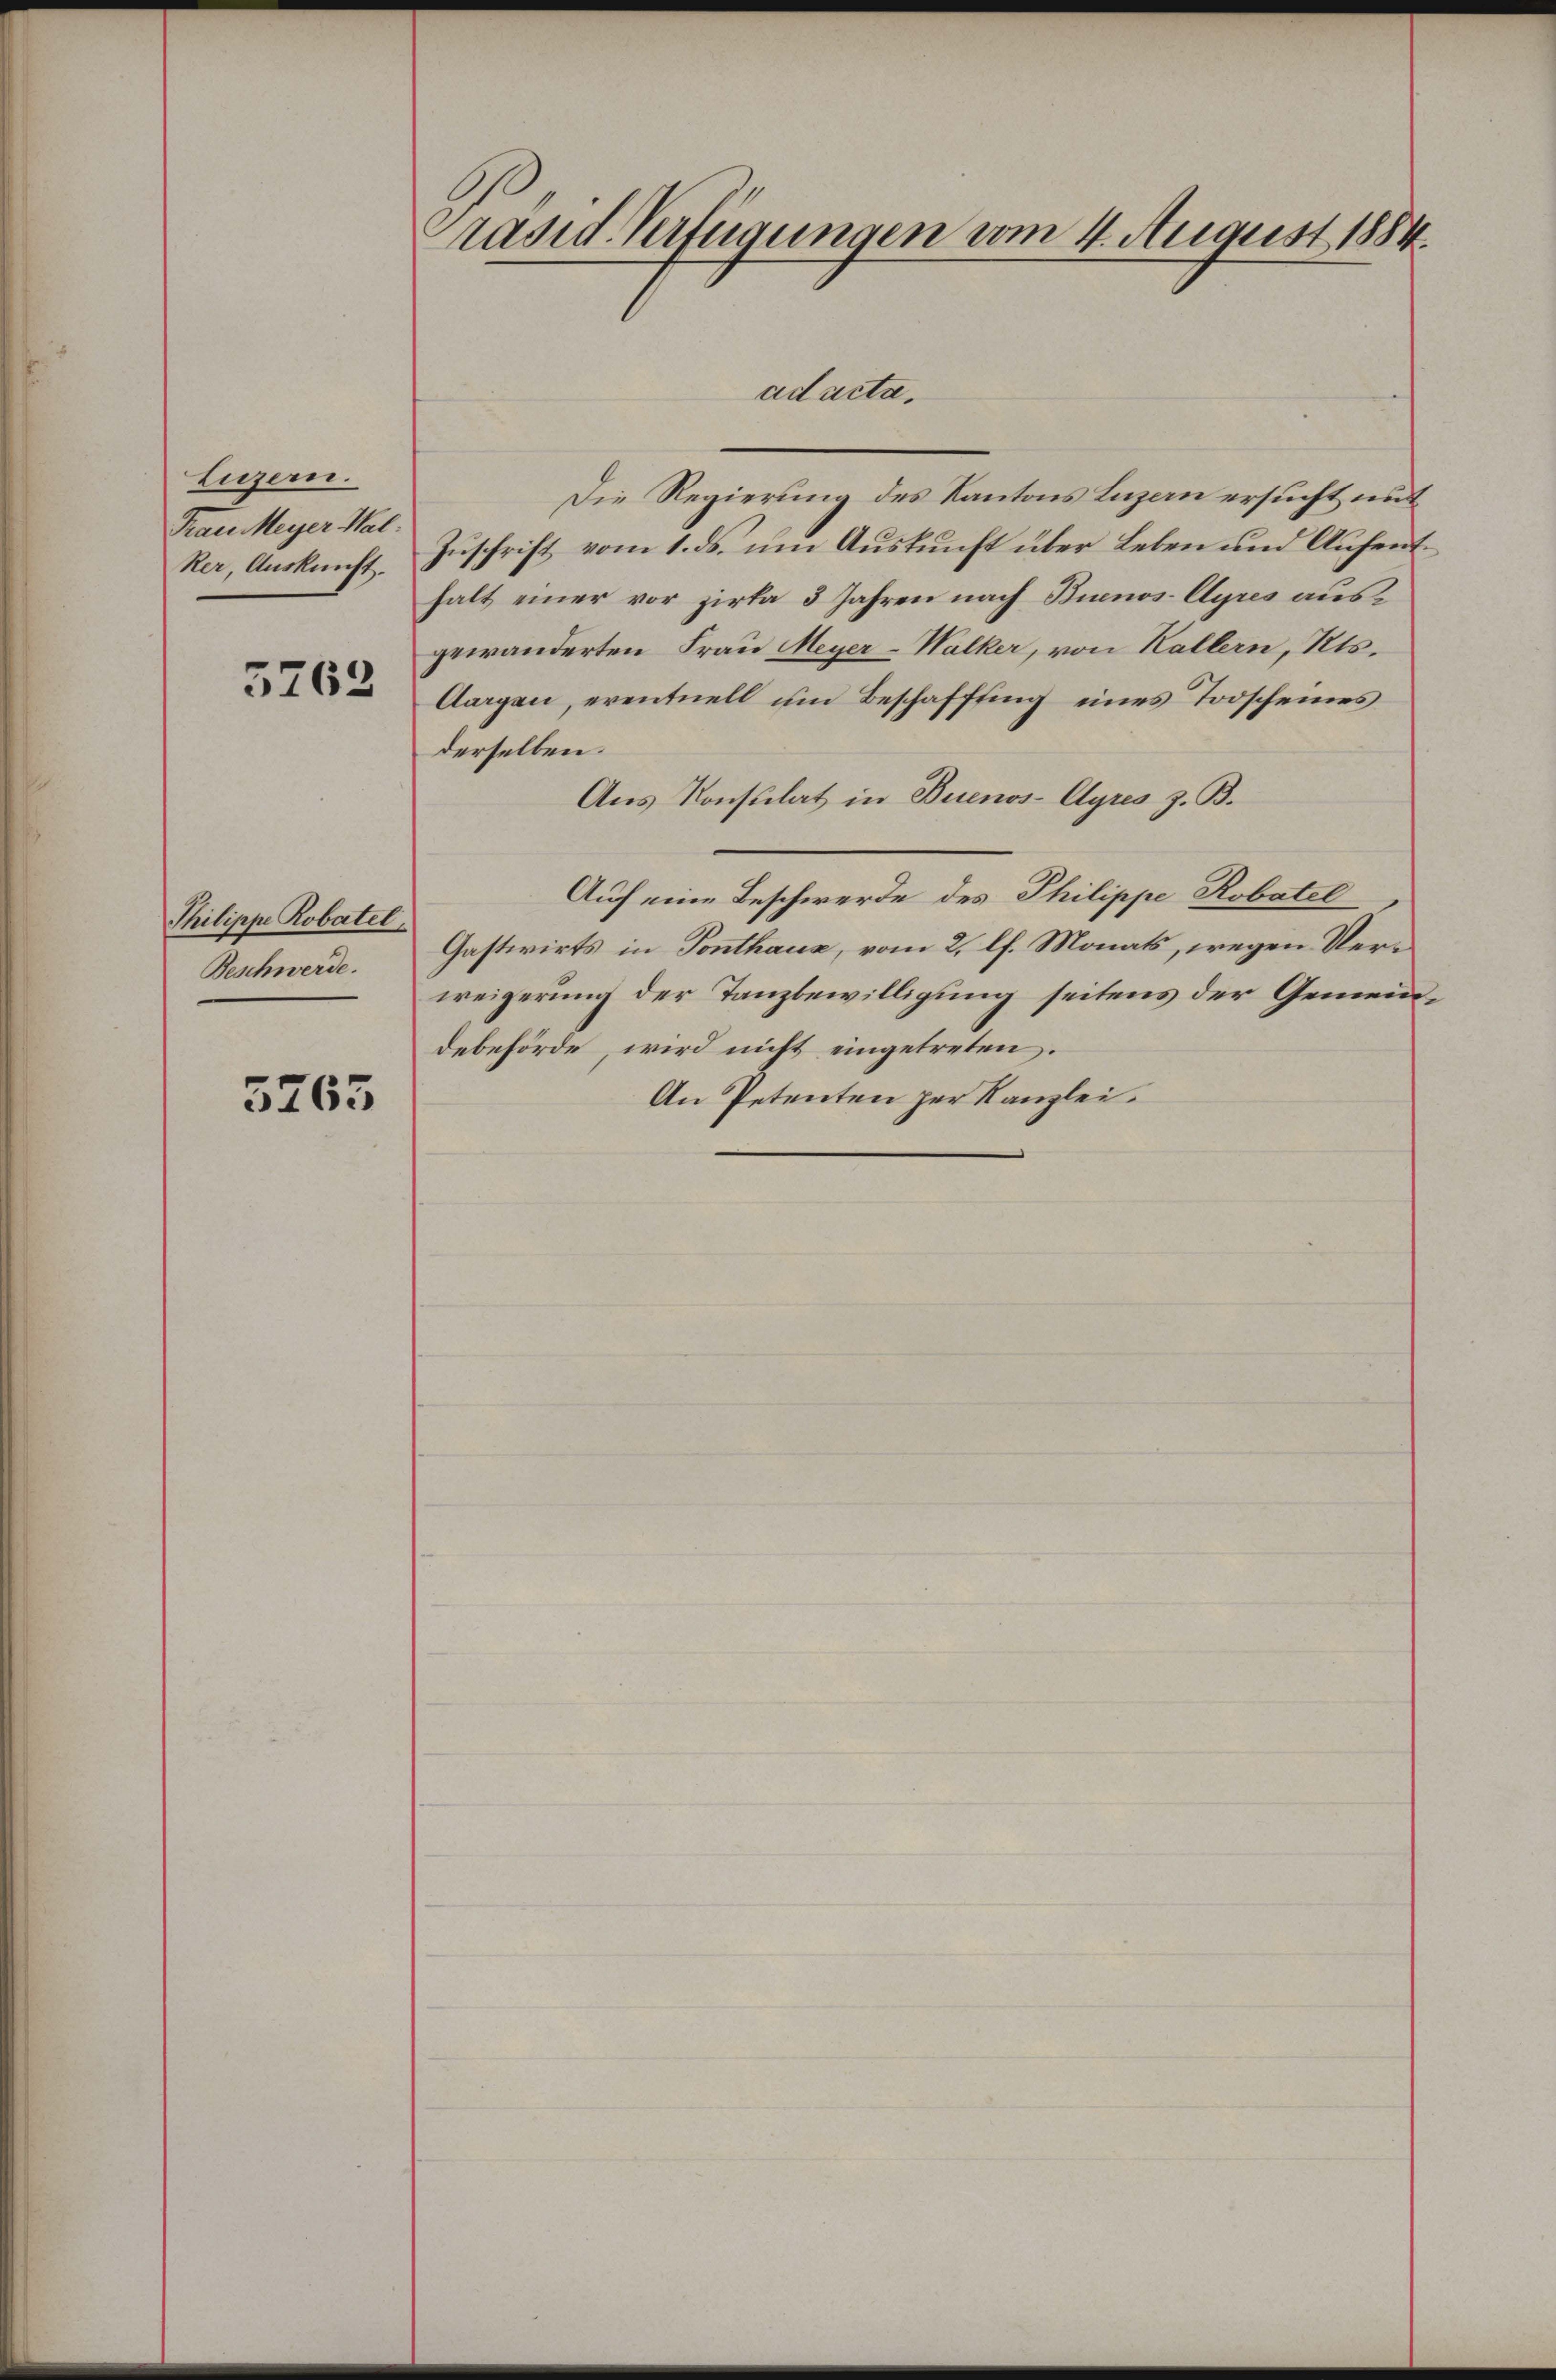
Luzern.
Frau Meyer Wal
Rer, Auskunft.

5763

Thilippe Robatel
Beschwerde.

5265

Präsid. Verfügungen vom 4. August 1884.

Die Regierung des Kantons Luzern ersucht mit
Zuschrift vom 1. ds. um Auskunft über Leben und Aufenthalt einer vor Zirka 3 Jahren nach Buenos-Ayres ausgewänderten Frau Meyer-Walker, von Kallern, Kts.
Aargau, eventuell um Beschaffung eines Todscheines
derselben.
Aus Konsulat in Buenos-Ayres z. B.
Auf eine Beschwerde des Philippe Robatel
Gastwirts in Tonthaus, vom 2. lf. Monats, wegen Verweigerung der Tanzbewilligung seitens der Gemeinddebehörde, wird nicht eingetreten.
An Petenten per Kanzlei.

ad acta,